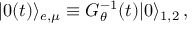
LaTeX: | 0 ( t ) \rangle _ { e , \mu } \equiv G _ { \theta } ^ { - 1 } ( t ) | 0 \rangle _ { 1 , 2 } \, ,